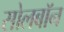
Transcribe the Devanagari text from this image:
सोलबॉन